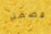
قضمة